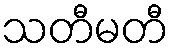
သတီမတီ